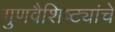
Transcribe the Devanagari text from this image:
गुणवैशिष्ट्यांचे